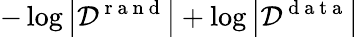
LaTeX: -\log\left|{\cal D}^{\mathrm{~r~a~n~d~}}\right|+\log\left|{\cal D}^{\mathrm{~d~a~t~a~}}\right|